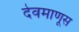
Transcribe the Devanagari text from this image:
देवमाणूस